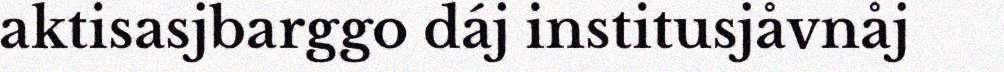
aktisasjbarggo dáj institusjåvnåj